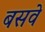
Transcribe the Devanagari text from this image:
बसवे